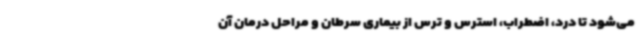
می‌شود تا درد، اضطراب، استرس و ترس از بیماری سرطان و مراحل درمان آن